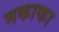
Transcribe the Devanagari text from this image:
मकाका